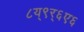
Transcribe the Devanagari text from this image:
८य्९र्६ए६